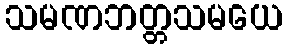
သမဏဘတ္တသမယေ